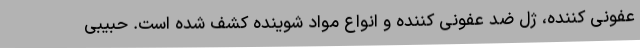
عفونی کننده، ژل ضد عفونی کننده و انواع مواد شوینده کشف شده است. حبیبی